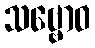
သဗ္ဗောဝ